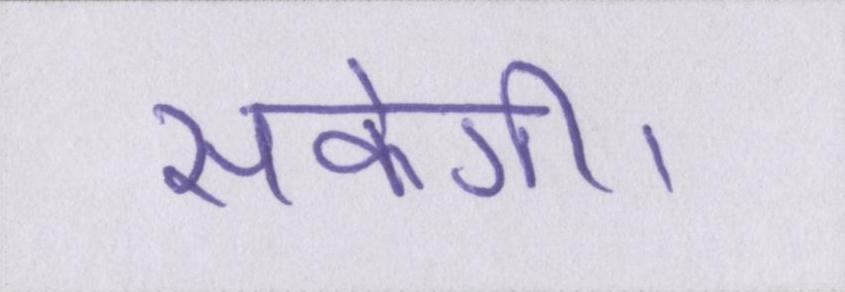
सकेगी।